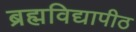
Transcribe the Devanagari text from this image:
ब्रह्मविद्यापीठ